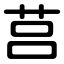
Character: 莒